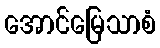
အောင်မြေသာစံ